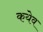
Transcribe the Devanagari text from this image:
कयेव